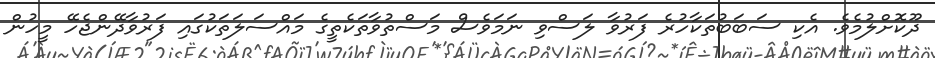
ދޫކޮށްލުމެވެ. އެކި ސަބަބުތަކާހުރެ ފަރުވާ ލަސްވި ނަމަވެސް މަސްތުވާތަކެތީގެ މައްސަލަތަކުގައި ފަރުވާދޭންޖެހޭ މީހުން